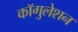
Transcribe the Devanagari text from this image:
कॉगुलेशन